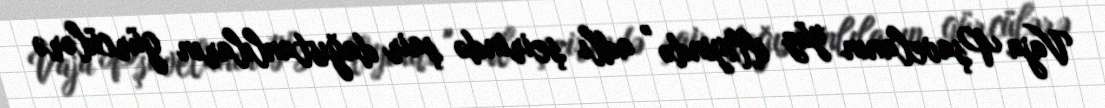
Vaja Pşavelanın yüz illiyində " adlı şeirində şair dağıstanlıların gürcülərə